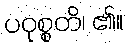
ပဝုစ္စတိ၊ ၏။